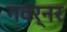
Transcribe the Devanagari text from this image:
गवर्नर